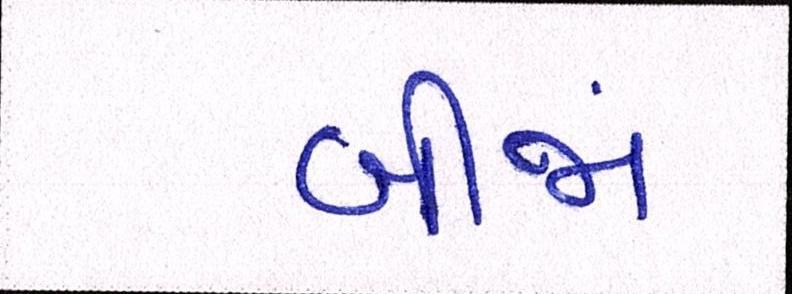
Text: બીજાં